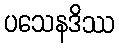
ပသေနဒိဿ